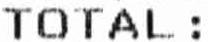
TOTAL :